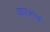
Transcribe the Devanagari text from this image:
वाररुचं